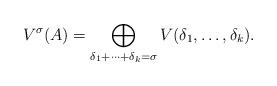
LaTeX: \begin{align*}V^{\sigma}(A) = \bigoplus_{\delta_1 + \cdots + \delta_k = \sigma} V(\delta_1, \dots, \delta_k).\end{align*}